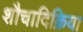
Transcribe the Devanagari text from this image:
शौचादिक्रिया